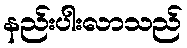
နည်းပါးလာသည်